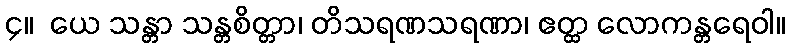
၄။  ယေ သန္တာ သန္တစိတ္တာ၊ တိသရဏသရဏာ၊ ဧတ္ထ လောကန္တရေဝါ။